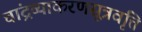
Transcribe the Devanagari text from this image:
चांद्रव्याकरणसूत्रवृत्ति